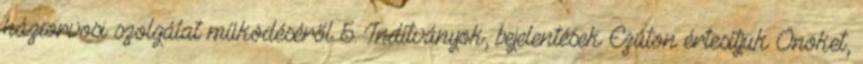
háziorvosi szolgálat működéséről 5. Indítványok, bejelentések Ezúton értesítjük Önöket,